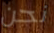
نحن